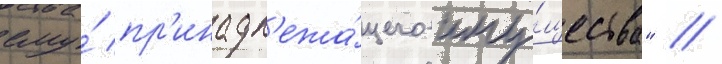
ему́ пр'инадл'ежа́щего иму́щества" //